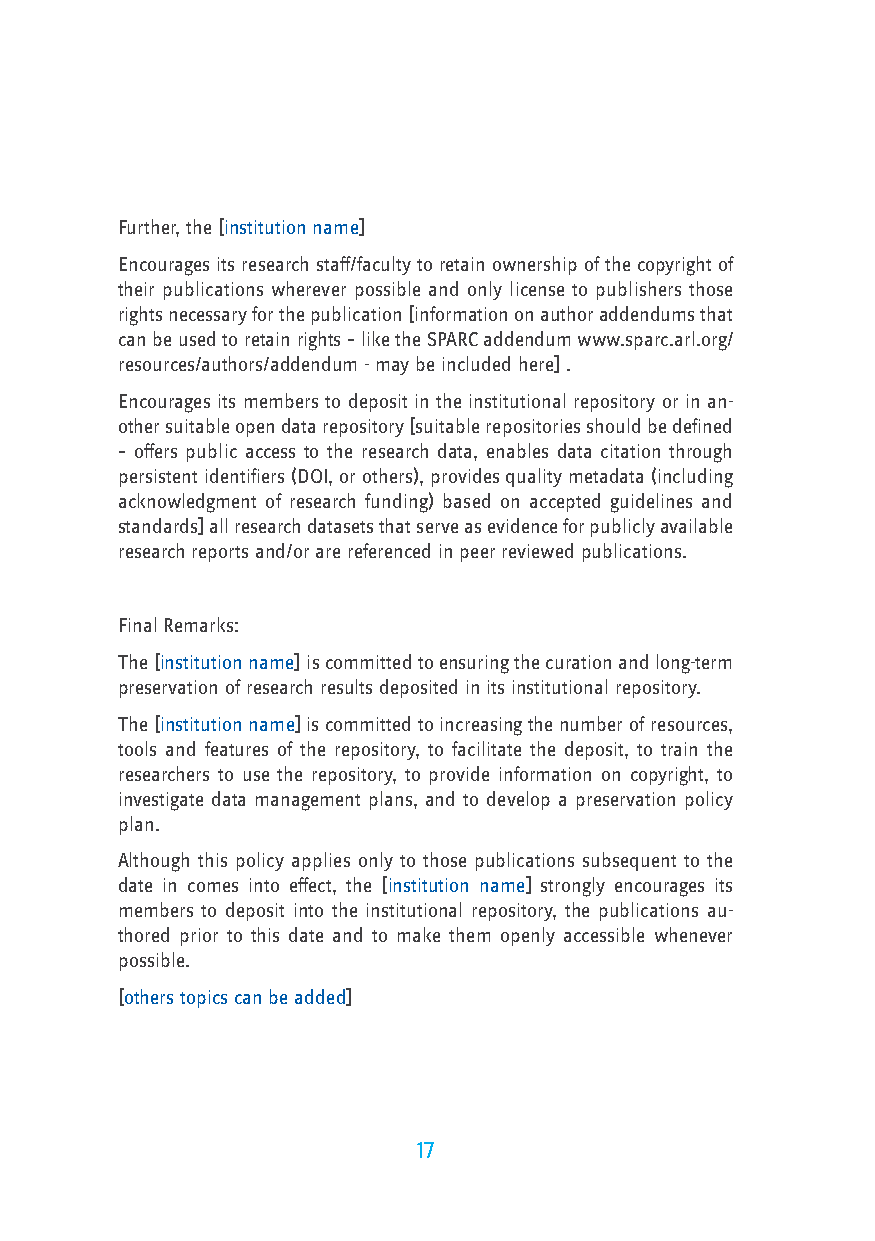
Further, the [institution name]
 Encourages its research staff/faculty to retain ownership of the copyright of
 their publications wherever possible and only license to publishers those
 rights necessary for the publication [information on author addendums that
 can be used to retain rights – like the SPARC addendum www.sparc.arl.org/
 resources/authors/addendum - may be included here] .
 Encourages its members to deposit in the institutional repository or in an-
 other suitable open data repository [suitable repositories should be defined
 – offers public access to the research data, enables data citation through
 persistent identifiers (DOI, or others), provides quality metadata (including
 acknowledgment of research funding) based on accepted guidelines and
 standards] all research datasets that serve as evidence for publicly available
 research reports and/or are referenced in peer reviewed publications.
 Final Remarks:
 The [institution name] is committed to ensuring the curation and long-term
 preservation of research results deposited in its institutional repository.
 The [institution name] is committed to increasing the number of resources,
 tools and features of the repository, to facilitate the deposit, to train the
 researchers to use the repository, to provide information on copyright, to
 investigate data management plans, and to develop a preservation policy
 plan.
 Although this policy applies only to those publications subsequent to the
 date in comes into effect, the [institution name] strongly encourages its
 members to deposit into the institutional repository, the publications au-
 thored prior to this date and to make them openly accessible whenever
 possible.
 [others topics can be added]
 17